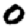
Digit: 0